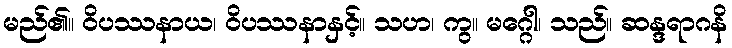
မည်၏။ ဝိပဿနာယ၊ ဝိပဿနာနှင့်။ သဟ၊ ကွ။ မဂ္ဂေါ၊ သည်။ ဆန္ဒရာဂနိ